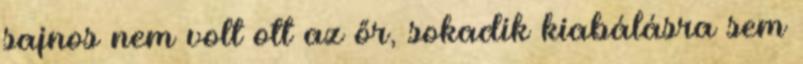
sajnos nem volt ott az őr, sokadik kiabálásra sem